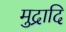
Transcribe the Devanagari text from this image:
मुद्रादि